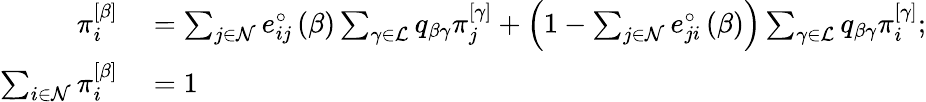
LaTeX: \begin{array}{rl}{\pi_{i}^{\left[\beta\right]}}&{{}=\sum_{j\in\mathcal{N}}e_{ij}^{\circ}\left(\beta\right)\sum_{\gamma\in\mathcal{L}}q_{\beta\gamma}\pi_{j}^{\left[\gamma\right]}+\left(1-\sum_{j\in\mathcal{N}}e_{ji}^{\circ}\left(\beta\right)\right)\sum_{\gamma\in\mathcal{L}}q_{\beta\gamma}\pi_{i}^{\left[\gamma\right]};}\\ {\sum_{i\in\mathcal{N}}\pi_{i}^{\left[\beta\right]}}&{{}=1}\end{array}